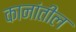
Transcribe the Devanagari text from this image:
कानांतील